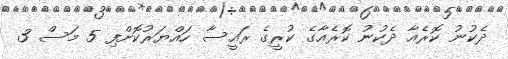
ދެކުނު ކޮރެއާ ދެކުނު ކޮރެއާގެ ކުރީގެ ރައީސާ ހައްޔަރުކޮށްފި 5 މަސް 3